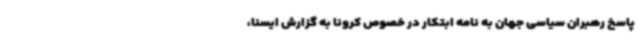
پاسخ رهبران سیاسی جهان به نامه ابتکار در خصوص کرونا به گزارش ایسنا،